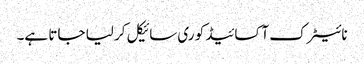
نائیٹرک آکسائیڈ کو ری سائیکل کر لیا جاتا ہے۔